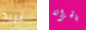
تريد بالخزانة